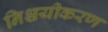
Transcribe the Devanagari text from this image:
निश्चयीकरण